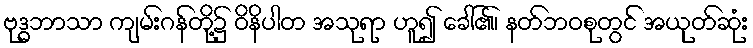
ဗုဒ္ဓဘာသာ ကျမ်းဂန်တို့၌ ဝိနိပါတ အသုရာ ဟူ၍ ခေါ်၏၊ နတ်ဘဝစုတွင် အယုတ်ဆုံး